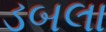
ડબલા